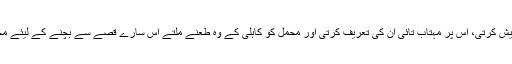
اور میری ندا کے ہاتھوں میں تو بہت ذائقہ ہے کہہ کر پیش کرتی، اس پر مہتاب تائی ان کی تعریف کرتی اور محمل کو کاہلی کے وہ طعنے ملتے اس سارے قصے سے بچنے کے لیئے محمل نے کبھی ان دونوں کو بلانے کی غلطی نہ کی تھی۔